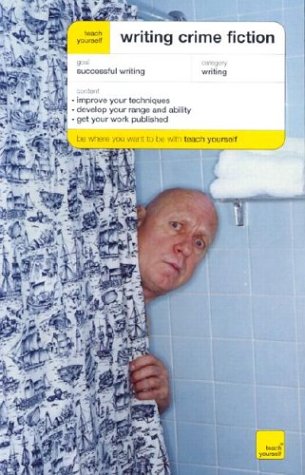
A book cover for Teach Yourself Writing Crime Fiction; Lesley Adamson; Mystery, Thriller & Suspense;